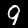
Digit: 9